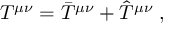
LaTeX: T ^ { \mu \nu } = \bar { T } ^ { \mu \nu } + \hat { T } ^ { \mu \nu } \; ,